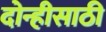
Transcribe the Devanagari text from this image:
दोन्हीसाठी